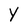
Character: Y